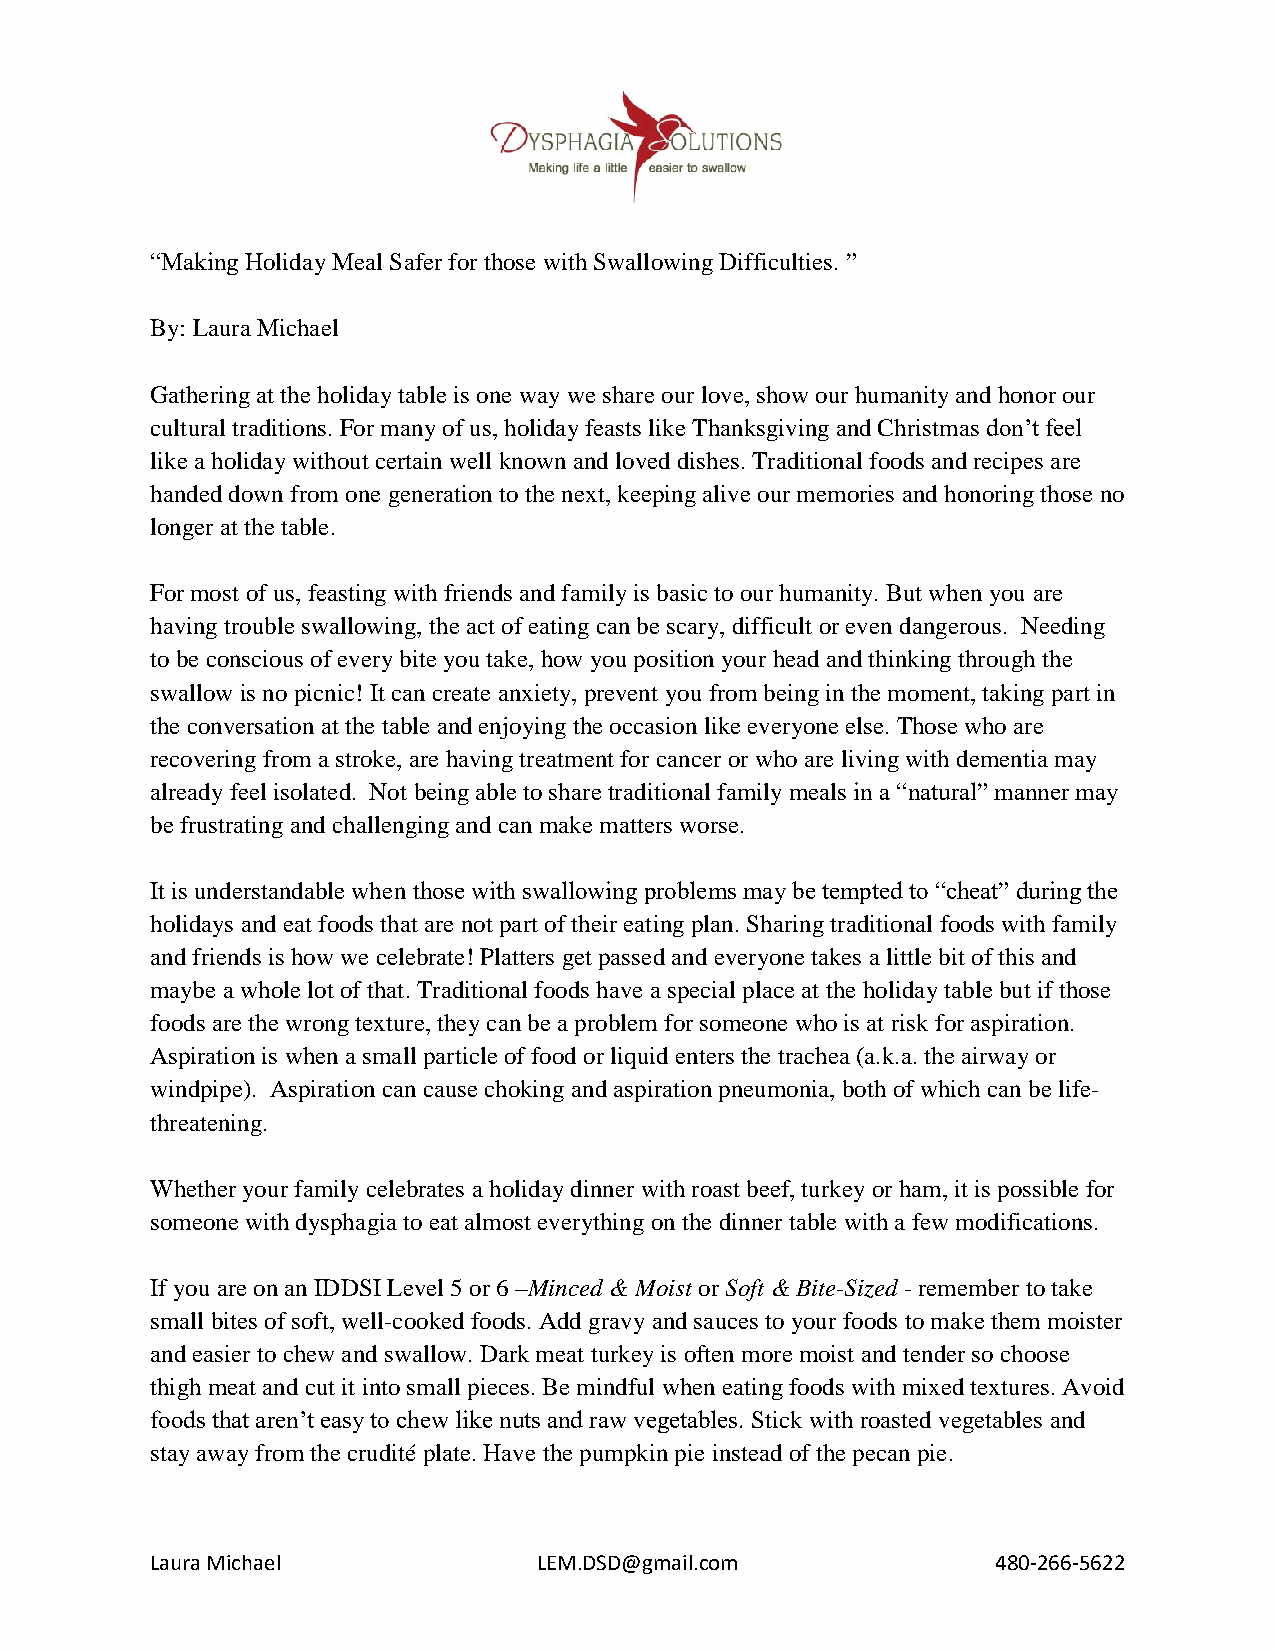
“Making Holiday Meal Safer for those with Swallowing Difficulties. ”
 By: Laura Michael
 Gathering at the holiday table is one way we share our love, show our humanity and honor our
 cultural traditions. For many of us, holiday feasts like Thanksgiving and Christmas don’t feel
 like a holiday without certain well known and loved dishes. Traditional foods and recipes are
 handed down from one generation to the next, keeping alive our memories and honoring those no
 longer at the table.
 For most of us, feasting with friends and family is basic to our humanity. But when you are
 having trouble swallowing, the act of eating can be scary, difficult or even dangerous. Needing
 to be conscious of every bite you take, how you position your head and thinking through the
 swallow is no picnic! It can create anxiety, prevent you from being in the moment, taking part in
 the conversation at the table and enjoying the occasion like everyone else. Those who are
 recovering from a stroke, are having treatment for cancer or who are living with dementia may
 already feel isolated. Not being able to share traditional family meals in a “natural” manner may
 be frustrating and challenging and can make matters worse.
 It is understandable when those with swallowing problems may be tempted to “cheat” during the
 holidays and eat foods that are not part of their eating plan. Sharing traditional foods with family
 and friends is how we celebrate! Platters get passed and everyone takes a little bit of this and
 maybe a whole lot of that. Traditional foods have a special place at the holiday table but if those
 foods are the wrong texture, they can be a problem for someone who is at risk for aspiration.
 Aspiration is when a small particle of food or liquid enters the trachea (a.k.a. the airway or
 windpipe). Aspiration can cause choking and aspiration pneumonia, both of which can be life-
 threatening.
 Whether your family celebrates a holiday dinner with roast beef, turkey or ham, it is possible for
 someone with dysphagia to eat almost everything on the dinner table with a few modifications.
 If you are on an IDDSI Level 5 or 6 –Minced & Moist or Soft & Bite-Sized - remember to take
 small bites of soft, well-cooked foods. Add gravy and sauces to your foods to make them moister
 and easier to chew and swallow. Dark meat turkey is often more moist and tender so choose
 thigh meat and cut it into small pieces. Be mindful when eating foods with mixed textures. Avoid
 foods that aren’t easy to chew like nuts and raw vegetables. Stick with roasted vegetables and
 stay away from the crudité plate. Have the pumpkin pie instead of the pecan pie.
 Laura Michael             LEM.DSD@gmail.com             480-266-5622